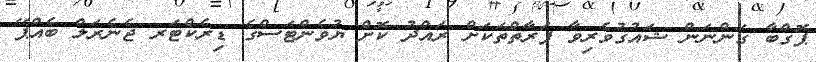
ޕޮގްބާ ގަންނަން ޝައުގުވެރިވާ ފަރާތްތަކަށް ރައްދު ކޮށް ޔުވެންޓަސްގެ ޑިރެކްޓަރ ޖެނެރަލް ބެއްޕޭ